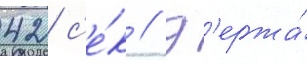
42 с'е́к // Д'ержа́